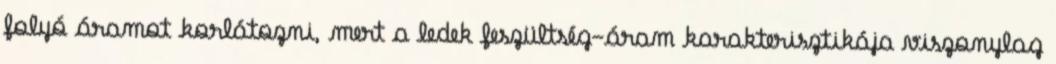
folyó áramot korlátozni, mert a ledek feszültség-áram karakterisztikája viszonylag